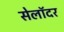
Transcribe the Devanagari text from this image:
सेलॉदर